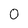
Character: 0